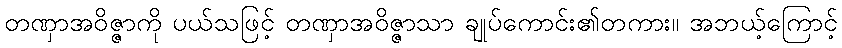
တဏှာအဝိဇ္ဇာကို ပယ်သဖြင့် တဏှာအဝိဇ္ဇာသာ ချုပ်ကောင်း၏တကား။ အဘယ့်ကြောင့်